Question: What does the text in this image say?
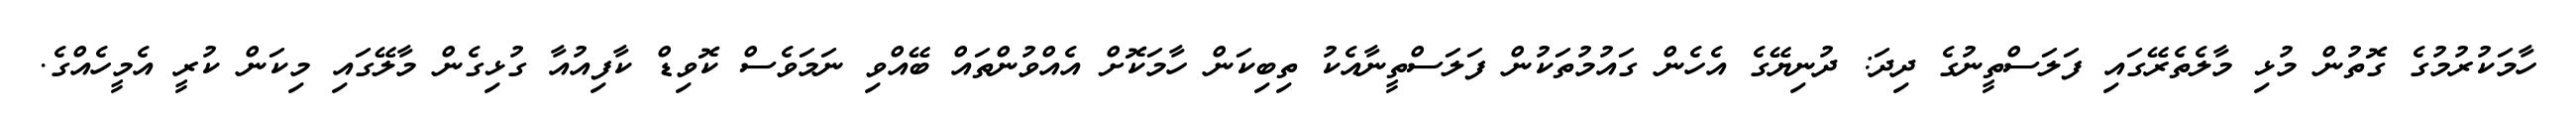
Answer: ހާމަކުރުމުގެ ގޮތުން މުޅި މާލެތެރޭގައި ފަލަސްތީނުގެ ދިދަ: ދުނިޔޭގެ އެހެން ގައުމުތަކުން ފަލަސްތީނާއެކު ތިބިކަން ހާމަކޮށް އެއްވުންތައް ބޭއްވި ނަމަވެސް ކޮވިޑް ކާފިއުއާ ގުޅިގެން މާލޭގައި މިކަން ކުރީ އެމީހެއްގެ.